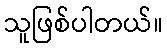
သူဖြစ်ပါတယ်။